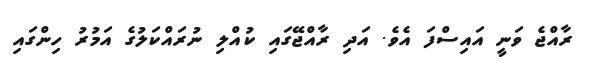
ރާއްޖެ ވަނީ އައިސްފަ އެވެ. އަދި ރާއްޖޭގައި ކުއްލި ނުރައްކަލުގެ އަމުރު ހިންގައި